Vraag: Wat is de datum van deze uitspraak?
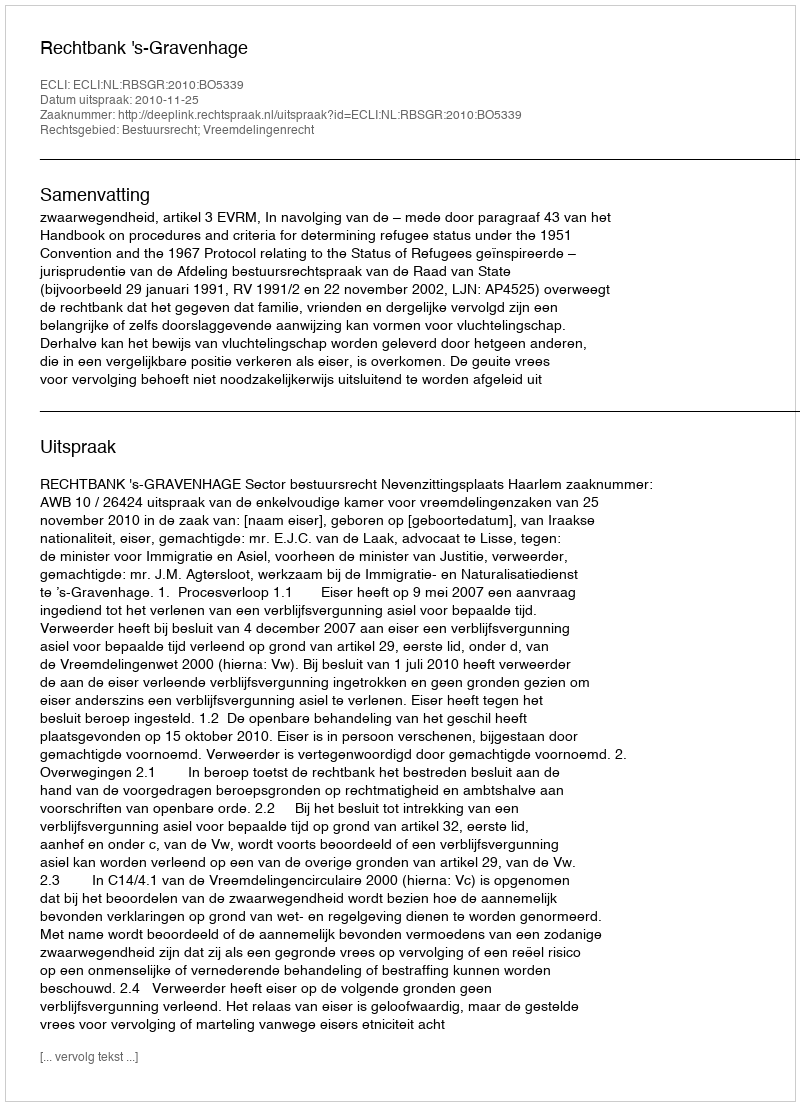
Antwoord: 2010-11-25